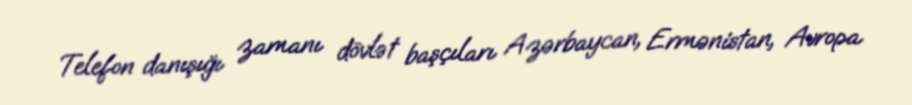
Telefon danışığı zamanı dövlət başçıları Azərbaycan, Ermənistan, Avropa